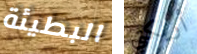
البطيئة أريكتي